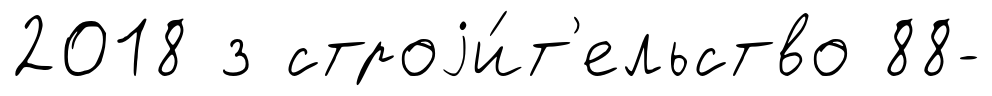
2018 з строjи́т'ельство 88-